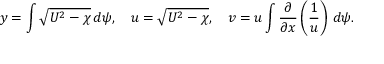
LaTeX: y = \int { \sqrt { U ^ { 2 } - \chi } } \, d \psi , \quad u = { \sqrt { U ^ { 2 } - \chi } } , \quad v = u \int { \frac { \partial } { \partial x } } \left( { \frac { 1 } { u } } \right) \, d \psi .